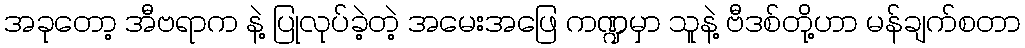
အခုတော့ အီဗရာက နဲ့ ပြုလုပ်ခဲ့တဲ့ အမေးအဖြေ ကဏ္ဍမှာ သူနဲ့ ဗီဒစ်တို့ဟာ မန်ချက်စတာ